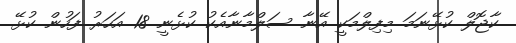
ކާޖޮލް ކުޅޭނަމަ މިފިލްމަކީ އޭނާ ސަލްމާނާއެކު ކުޅެނީ 18 އަހަރު ފަހުން ކުޅޭ